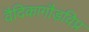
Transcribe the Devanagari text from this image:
वैदिकागौड़विप्र